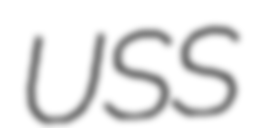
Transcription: USS